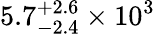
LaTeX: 5.7_{-2.4}^{+2.6}\times 10^{3}